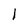
Character: I